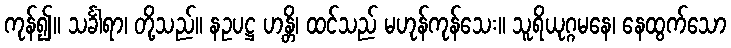
ကုန်၍။ သင်္ခါရာ၊ တို့သည်။ နဥပဋ္ဌ ဟန္တိ၊ ထင်သည် မဟုန်ကုန်သေး။ သူရိယုဂ္ဂမနေ၊ နေထွက်သော